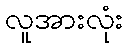
လူအားလုံး